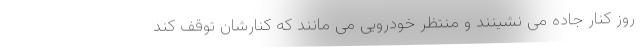
روز کنار جاده می نشینند و منتظر خودرویی می مانند که کنارشان توقف کند